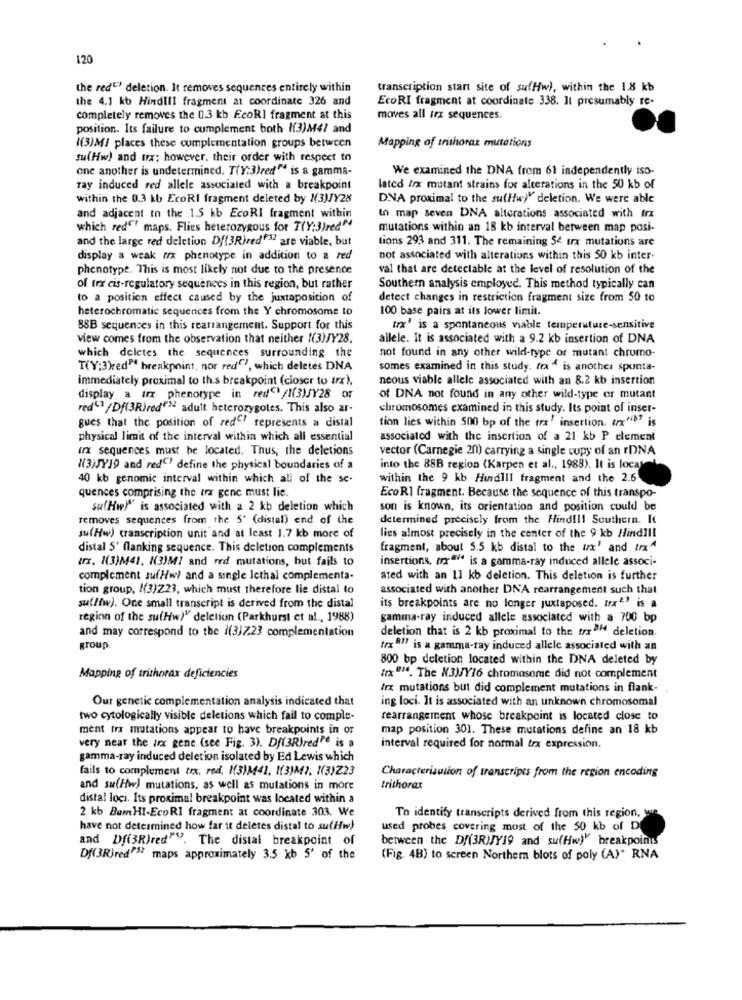
120
the red"" deletion. It removes sequences entirely within
transcription start site of suffw), within the 1.8 kb
the 4.1 kb HindIII fragment at coordinate 326 and
EcoRI fragment at coordinate 338. Il presumably re-
completely removes the 0.3 kb EcoRI fragment at this
moves all irx sequences.
position. Its failure to cumplement both !(3)M47 and
((3)M/ places these complementation groups between
Mapping of inthorax mutations
su(Hw) and trx; however, their order with respect to
one another is undetermined. T(Y:3)red" is & gamma-
We examined the DNA from 61 independently iso-
Tay induced red allele associated with a breakpoint
lated /rx mutant strains for alterations in the 50 kb of
within the 0.3 kb EcoRI fragment deleted by X3)Y28
DNA proximal to the su(Hw)" deletion. We were able
and adjacent In the 1.5 kb EcoRI fragment within
to map seven DNA alterations associated with frx
which red"" maps. Flies heterozygous for T(Y:3)red"
mutations within an 18 kb interval between map posi-
and the large red deletion Df(3R)red"32 are viable, but
tions 293 and 311. The remaining Se ux mutations are
display a weak #x phenotype in addition to a red
not associated with alterations within this 50 kb inter-
phenotype. This is most likely not due to the presence
val that are detectable at the level of resolution of the
of trx cis-regulatory sequences in this region, but rather
Southern analysis employed. This method typically can
to a position effect caused by the juxtaposition of
detect changes in restriction fragment size from 50 to
heterochromatic sequences from the Y chromosome to
100 base pairs at its lower limit.
88B sequences in this rearangement. Support for this
trx' is a spontaneous viable temperature-sensitive
view comes from the observation that neither K(3)JY28.
allele. It is associated with a 9.2 kb insertion of DNA
which deletes the sequences surrounding the
not found in any other wild-type or mutant chrumo-
T(Y:3)red" breakpoint, nor red"", which deletes DNA
somes examined in this study. frx" is another spunta-
immediately proximal to th.s breakpoint (closer to trx),
neous viable allele associated with an 8.2 kb insertion
display a trx phenotype in red/1(3)JY28 or
of DNA not found in any other wild-type or mutant
red"1 /Df(3Rired"> adult heterozygotes. This also ar.
chromosomes examined in this study. Its point of inser-
tion lies within 500 bp of the trx ' insertion. trx">" is
gues that the position of red" represents a distal
physical limit of the interval within which all essential
associated with the insertion of a 21 kb P element
(rx sequences must be located. Thus, the deletions
vector (Carnegie 20) carrying a single copy of an rDNA
((3)JY19 and' red'' define the physical boundaries of a
into the 88B region (Karpen et al ., 1988). It is local
40 kb genomic interval within which all of the se-
within the 9 kb Hundlil fragment and the 2.6
quences comprising the er gene must lie.
EcoRI fragment. Because the sequence of this transpo-
su(Hw)" is associated with a 2 kb deletion which
son is known, its orientation and position could be
removes sequences from the 5' (distal) end of the
determined precisely from the Hind !!! Southern. It
su(Hw) transcription unit and at least 1.7 kb more of
lies almost precisely in the center of the 9 kb HindIll
distal 5' flanking sequence. This deletion complements
fragment, about 5.5 kb distal to the ux' and trxª
ux. 1(3)M41, K(3)M! and red mutations, but fails to
insertions, mx"" is a gamma-ray induced allele associ-
complement suf/w) and a single lethal complementa-
ated with an 11 kb deletion. This deletion is further
tion group, I(3)Z23, which must therefore lie distal to
associated with another DNA rearrangement such that
su(/w). One small transcript is derived from the distal
its breakpoints are no longer juxtaposed. trx" is a
region of the su(Hw)" deletion (Parkhurst et al ., 1988)
gamma-ray induced allele associated with a 700 bp
and may correspond to the 1(3)7.23 complementation
deletion that is 2 kb proximal to the trzOM deletion.
group.
trx 8"" is a gamma-ray induced allele associated with an
800 bp deletion located within the DNA deleted by
Mapping of trithorax deficiencies
trx"". The X3)/Y16 chromosome did not complement
trx mutations but did complement mutations in flank-
Our genetic complementation analysis indicated that
ing loci. It is associated with an unknown chromosomal
two cytologically visible deletions which fail to comple-
rearrangement whose breakpoint is located close to
ment fra mutations appear to have breakpoints in or
map position 301. These mutations define an 18 kb
very near the lnx gene (see Fig. 3). Df(3R)redPd is a
interval required for normal trx expression.
gamma-ray induced deletion isolated by Ed Lewis which
fails to complement trx, red, 1(3)341, 1(3)M ?. "(3)Z23
Characterisation of transcripts from the region encoding
and su(Hw) mutations, as well as mulations in more
trithorax
distal loci. Its proximal breakpoint was located within a
2 kb Bum HI-EcoRI fragment at coordinate 303. We
To identify transcripts derived from this region, we
have not determined how far it deletes distal to su(Hw)
used probes covering most of the 50 kb of D
and Df(3R)red"". The distal breakpoint of
between the Df(3RIJY19 and su(Hw)" breakpoints
Df(3R)red"S" maps approximately 3,5 kb S' of the
(Fig. 4B) to screen Northern blots of poly (A)* RNA